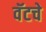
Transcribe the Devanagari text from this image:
वॅटचे